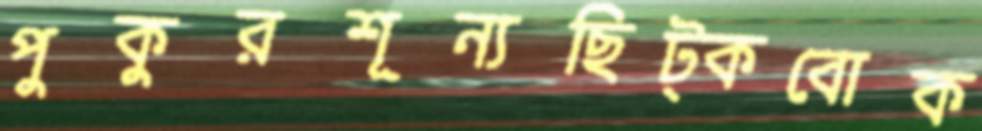
পুকুরশূন্যছিট্‌কবোক